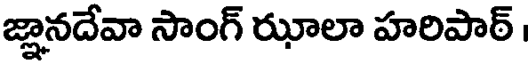
జ్ఞానదేవా సాంగ్ రూలా హరిపార్